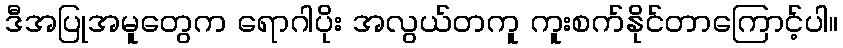
ဒီအပြုအမူတွေက ရောဂါပိုး အလွယ်တကူ ကူးစက်နိုင်တာကြောင့်ပါ။